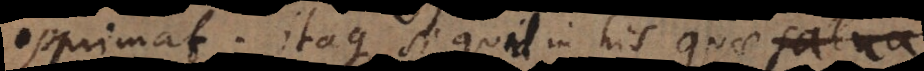
opprimat; itaque si quid in his quae salva